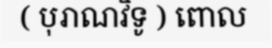
( បុរាណវិទូ ) ពោល